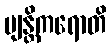
ဗျန္တိကရောတိ